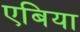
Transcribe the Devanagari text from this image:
एबिया